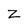
Character: Z